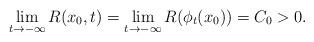
LaTeX: \begin{align*}\lim_{t\rightarrow-\infty}R(x_{0},t) =\lim_{t\rightarrow-\infty}R(\phi_{t}(x_{0}))=C_0>0.\end{align*}